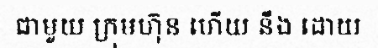
ជាមួយ ក្រុមហ៊ុន ហើយ នឹង ដោយ